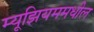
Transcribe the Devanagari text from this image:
म्यूझियममधील